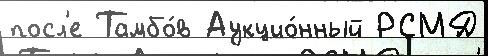
посл'е Тамбо́в Аукцио́нный РСМД